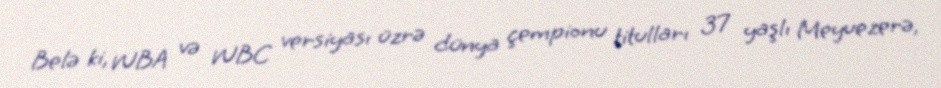
Belə ki, WBA və WBC versiyası üzrə dünya çempionu titulları 37 yaşlı Meyuezerə,